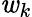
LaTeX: \mathit{w}_{k}